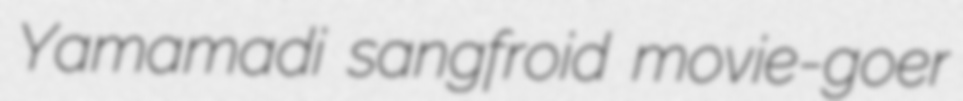
Yamamadi sangfroid movie-goer